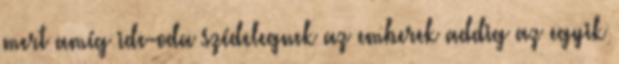
mert amíg ide-oda szédelegnek az emberek addig az egyik